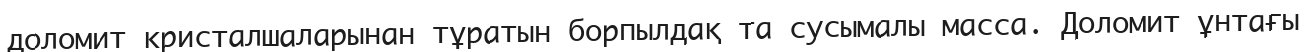
доломит кристалшаларынан тұратын борпылдақ та сусымалы масса. Доломит ұнтағы